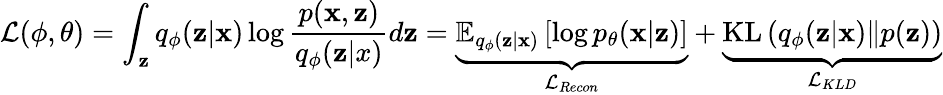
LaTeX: \mathcal{L}(\phi,\theta)=\int_{\mathbf{z}}q_{\phi}(\mathbf{z}|\mathbf{x})\log\frac{p(\mathbf{x},\mathbf{z})}{q_{\phi}(\mathbf{z}|x)}d\mathbf{z}=\underbrace{\mathbb{E}_{q_{\phi}(\mathbf{z}|\mathbf{x})}\left[\log p_{\theta}(\mathbf{x}|\mathbf{z})\right]}_{\mathcal{L}_{Recon}}+\underbrace{\mathrm{KL}\left(q_{\phi}(\mathbf{z}|\mathbf{x})\| p(\mathbf{z})\right)}_{\mathcal{L}_{KLD}}